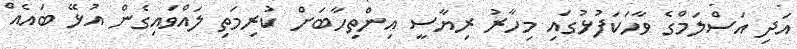
އަދި އަސްލަމްގެ ވާހަކަފުޅުގައި މިހާރު ރިޔާސީ އިންތިހާބަށް ކުރިމަތި ލައްވައިގެން އުޅޭ ބައެއް